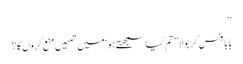
‘‘
بابا ہنس کر بولا ’’تم کیا سمجھتے ہو‘ میں تمھیں منع کروں گا؟